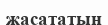
жасататын